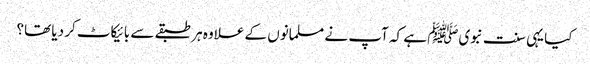
کیا یہی سنت نبویﷺ ہے کہ آپ نے مسلمانوں کے علاوہ ہر طبقے سے بائیکاٹ کر دیا تھا؟